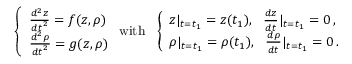
\left\{ \begin{array} { l l } { \frac { d ^ { 2 } z } { { d t } ^ { 2 } } = f ( z , \rho ) } \\ { \frac { d ^ { 2 } \rho } { { d t } ^ { 2 } } = g ( z , \rho ) } \end{array} \right. \mathrm { w i t h } \ \ \left\{ \begin{array} { l l } { z | _ { t = t _ { 1 } } = z ( t _ { 1 } ) , \ \ \frac { d z } { d t } | _ { t = t _ { 1 } } = 0 \, , } \\ { \rho | _ { t = t _ { 1 } } = \rho ( t _ { 1 } ) , \ \ \frac { d \rho } { d t } | _ { t = t _ { 1 } } = 0 \, . } \end{array} \right.